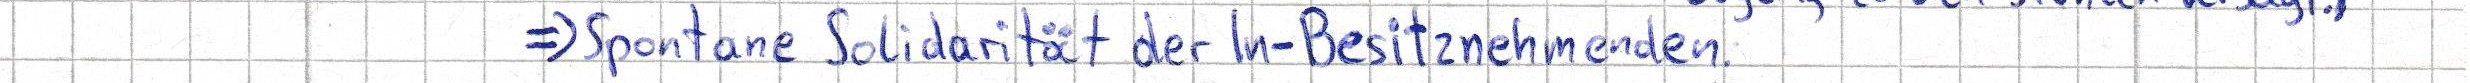
=> Spontane Solidarität der In-Besitznehmenden